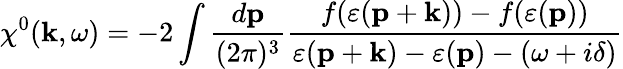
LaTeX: \chi^{0}(\mathbf{k},\omega)=-2\int\frac{d\mathbf{p}}{(2\pi)^{3}}\frac{f(\varepsilon(\mathbf{p}+\mathbf{k}))-f(\varepsilon(\mathbf{p}))}{\varepsilon(\mathbf{p}+\mathbf{k})-\varepsilon(\mathbf{p})-(\omega+i\delta)}